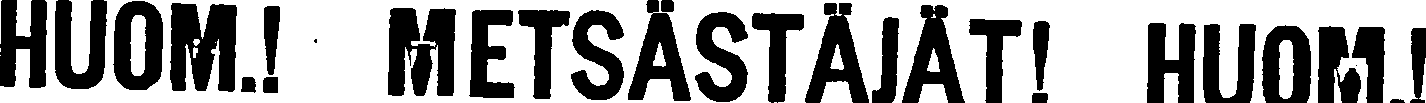
HUOM.! METSÄSTÄJÄT! HUOM.!